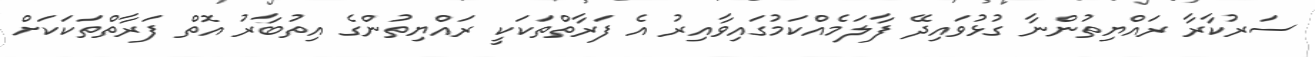
ސަރުކާރާ ރައްޔިތުންނާ ގުޅުވައިދޭ ފާލަމެއްކަމުގައިވާއިރު އެ ފަރާތްތަކަކީ ރައްޔިތުންގެ އިތުބާރު އޮތް ފަރާތްތަކަކަށް